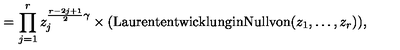
= \prod _ { j = 1 } ^ { r } z _ { j } ^ { \frac { r - 2 j + 1 } { 2 } \gamma } \times \mathrm { ( L a u r e n t e n t w i c k l u n g i n N u l l v o n } ( z _ { 1 } , \ldots , z _ { r } ) ) ,